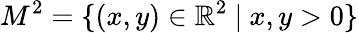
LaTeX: M^{2}=\{ (x,y)\in\mathbb{R}^{2}\ |\ x,y>0\}